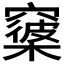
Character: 𥨑